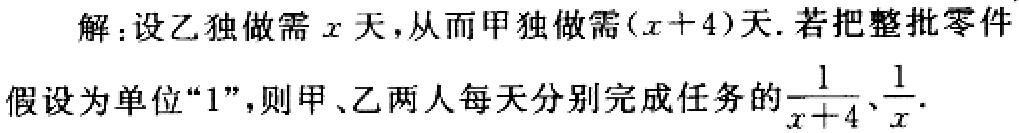
解：设乙独做需\(x\)天，从而甲独做需\((x + 4)\)天. 若把整批零件假设为单位“\(1\)”，则甲、乙两人每天分别完成任务的\(\frac{1}{x + 4}\)、\(\frac{1}{x}\).